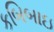
કબિબાઇ